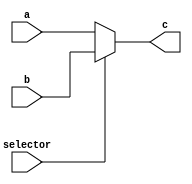
module mux
#(parameter depth = 2)
(
  input[depth-1:0]      a,
  input[depth-1:0]      b,
  input                 selector,
  output reg[depth-1:0] c
);
  always @(a or b or selector) begin
    if (selector) begin
      c = b;
    end
    else begin
      c = a;
    end
  end
endmodule